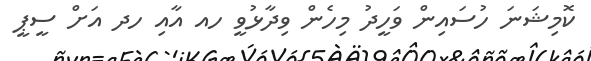
ކޮމިޝަނަ ހުސައިން ވަހީދު މިހެން ވިދާޅުވީ ހއ އާއި ހދ އަށް ސީޕީ